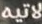
لاتيه